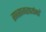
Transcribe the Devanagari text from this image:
सप्तसागरपर्यन्तं